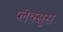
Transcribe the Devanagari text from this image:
प्लेक्सुस